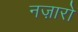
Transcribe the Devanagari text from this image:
नज़ारो